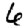
Digit: 6